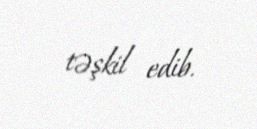
təşkil edib.